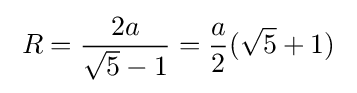
\;R={\frac {2a}{{\sqrt {5}}-1}}={\frac {a}{2}}({\sqrt {5}}+1)\;